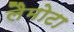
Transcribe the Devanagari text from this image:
लैमोटा